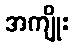
အကျိုး